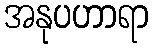
အနုပဟာရာ